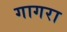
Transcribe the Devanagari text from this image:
गागरा